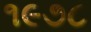
૧૯૭૮